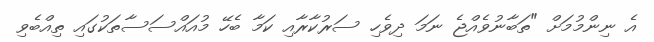
އެ ނިންމުމަށް "ތަބާނުވެއްޖެ ނަމަ ދިވެހި ސަރުކާރާއި ކަމާ ބެހޭ މުއައްސަސާތަކުގައި ތިއްބެވި